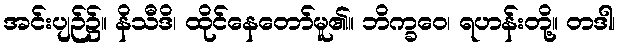
အင်းပျဉ်၌။ နိသီဒိ၊ ထိုင်နေတော်မူ၏။ ဘိက္ခဝေ၊ ရဟန်းတို့။ တဒါ၊